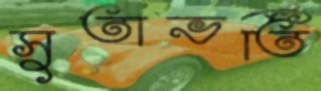
সুতাভর্তি